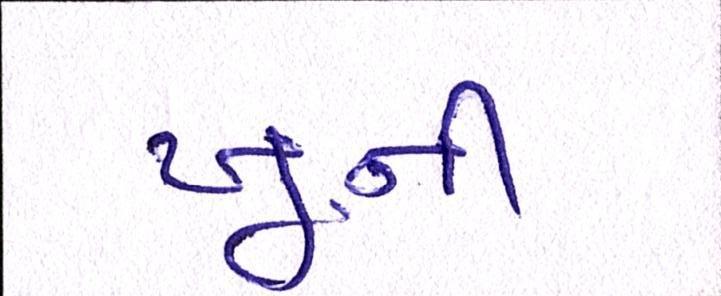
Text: ખૂની